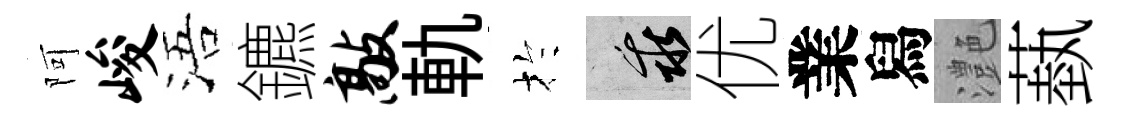
阿峻浯鑣敲軌扵乖优業舄灔蓺